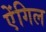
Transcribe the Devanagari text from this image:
ऐंगिल